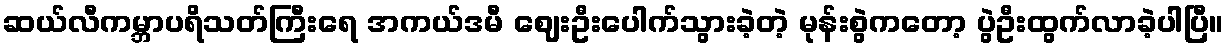
ဆယ်လီကမ္ဘာပရိသတ်ကြီးရေ အကယ်ဒမီ ဈေးဦးပေါက်သွားခဲ့တဲ့ မုန်းစွဲကတော့ ပွဲဦးထွက်လာခဲ့ပါပြီ။